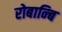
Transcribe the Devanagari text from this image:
रोबान्बि